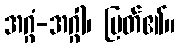
အဂ္ဂံ-အဂ္ဂါ၊ မြတ်၏။